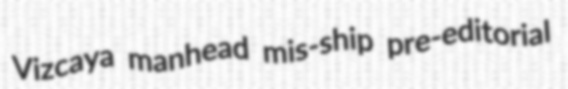
Vizcaya manhead mis-ship pre-editorial